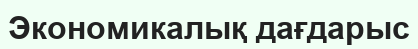
Экономикалық дағдарыс